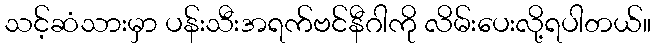
သင့်ဆံသားမှာ ပန်းသီးအရက်ဗင်နီဂါကို လိမ်းပေးလို့ရပါတယ်။